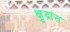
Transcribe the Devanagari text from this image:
क्षुद्रांत